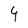
Character: 4